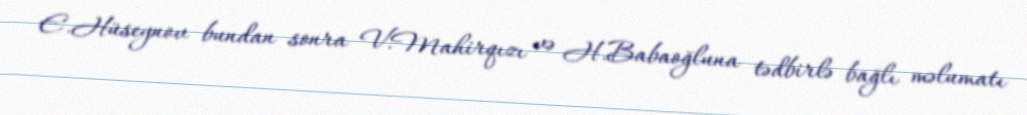
E.Hüseynov bundan sonra V.Mahirqızı və H.Babaoğluna tədbirlə bağlı məlumatı